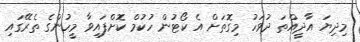
މިދިޔަ އާދީއްތަ ދުވަހު މިގޮތަށް އެ ކޯޓުން ހުކުމް ކޮށްފައިވާ މީހުންގެ ތެރޭގައި